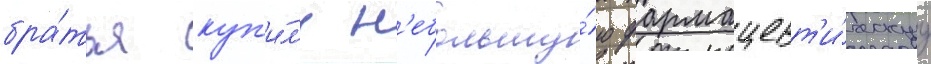
бра́тья куп'и́л'и н'ебольшу́ю фармацевт'и́ческуу